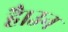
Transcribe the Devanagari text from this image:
है।उन